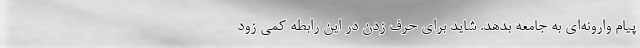
پيام وارونه‌اي به جامعه بدهد. شايد براي حرف زدن در اين رابطه کمي ‌زود